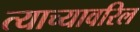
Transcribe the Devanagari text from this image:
त्याच्यावरिल